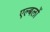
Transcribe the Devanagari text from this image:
एल्बलों